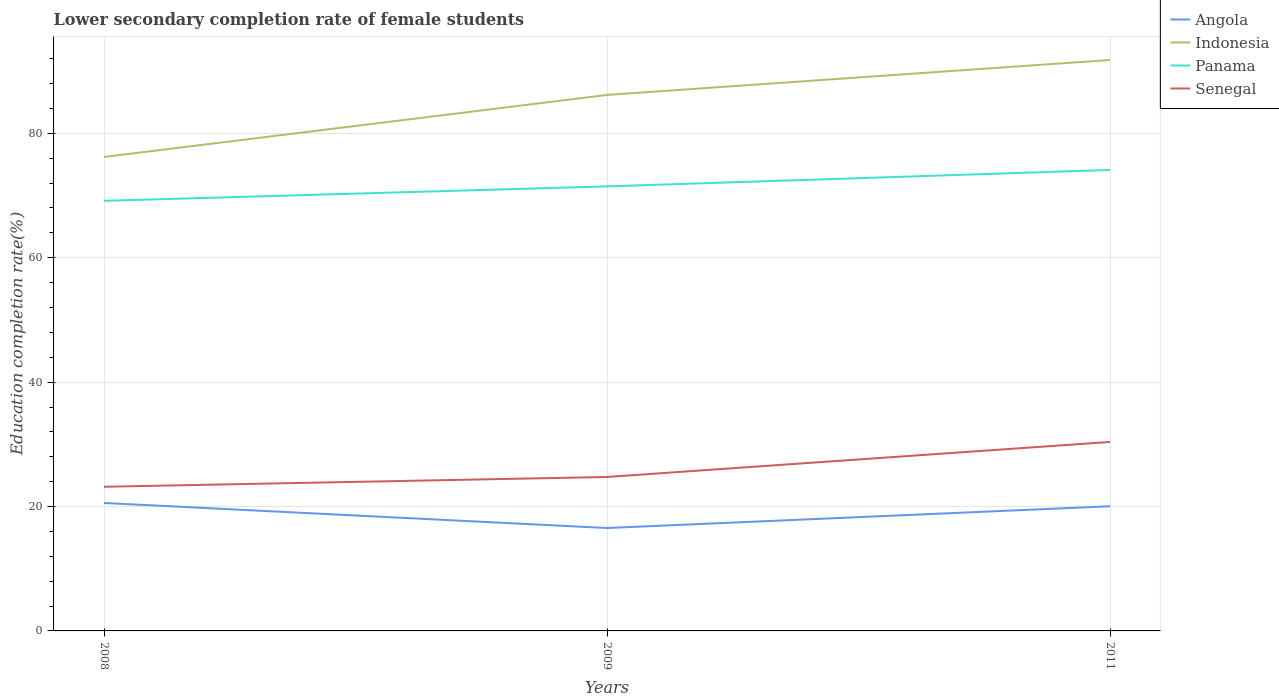
| Years | Angola | Indonesia | Panama | Senegal |
 | --- | --- | --- | --- | --- |
 | 2008 | 20.6 | 76.2 | 69.1 | 23.2 |
 | 2009 | 16.5 | 86.2 | 71.5 | 24.8 |
 | 2011 | 20 | 91.8 | 74.1 | 30.4 |